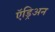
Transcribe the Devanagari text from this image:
ऍड्रिअन